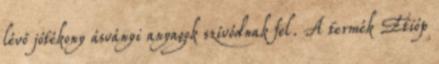
lévő jótékony ásványi anyagok szívódnak fel. A termék Etióp